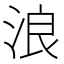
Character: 浪